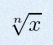
\sqrt[n]{x}